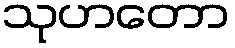
သုဟတော